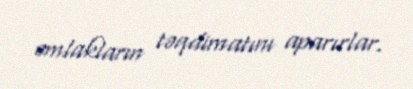
əmlakların təqdimatını aparırlar.